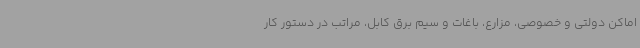
اماکن دولتی و خصوصی، مزارع، باغات و سیم برق کابل، مراتب در دستور کار